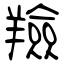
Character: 羷